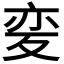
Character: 𭐦